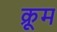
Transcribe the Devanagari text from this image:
क्रूम